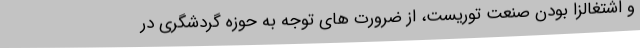
و اشتغالزا بودن صنعت توریست، از ضرورت های توجه به حوزه گردشگری در